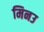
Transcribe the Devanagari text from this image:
मिनउ